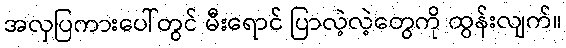
အလှပြကားပေါ်တွင် မီးရောင် ပြာလဲ့လဲ့တွေကို ထွန်းလျက်။